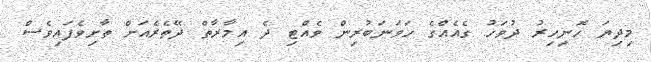
މިދިޔަ ހޮނިހިރު ދުވަހު ގެއެއްގެ ހަވަނަބުރިން ވެއްޓި ދެ އިމާރާތް ދޭތެރެއަށް ތާށިވެފައިވެސް